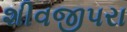
શીવજીપરા